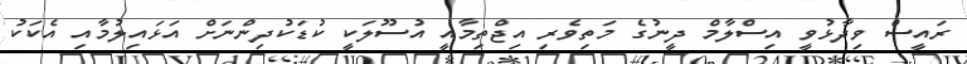
ރައީސް ވިދާޅުވީ އިސްލާމް ދީނުގެ މަތިވެރި އިޖްތިމާއީ އުސޫލަކީ ކުޑަކުދިންނަށް އަޅައިލުމާއި އެކަކު